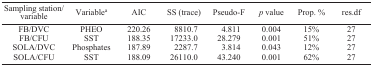
| Sampling station/variable | Variablea | AIC | SS (trace) | Pseudo-F | p value | Prop. % | res.df |
 | --- | --- | --- | --- | --- | --- | --- | --- |
 | FB/DVC | PHEO | 220.26 | 8810.7 | 4.811 | 0.004 | 15% | 27 |
 | FB/CFU | SST | 188.35 | 17233.0 | 28.279 | 0.001 | 51% | 27 |
 | SOLA/DVC | Phosphates | 187.89 | 2287.7 | 3.814 | 0.043 | 12% | 27 |
 | SOLA/CFU | SST | 188.09 | 26110.0 | 43.240 | 0.001 | 62% | 27 |